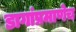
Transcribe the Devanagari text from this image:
डागांप्रमाणेच